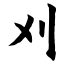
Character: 刈